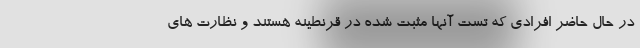
در حال حاضر افرادی که تست آنها مثبت شده در قرنطینه هستند و نظارت های